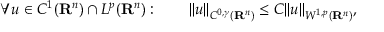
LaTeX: \forall u \in C ^ { 1 } ( \mathbf { R } ^ { n } ) \cap L ^ { p } ( \mathbf { R } ^ { n } ) : \qquad \| u \| _ { C ^ { 0 , \gamma } ( \mathbf { R } ^ { n } ) } \leq C \| u \| _ { W ^ { 1 , p } ( \mathbf { R } ^ { n } ) } ,